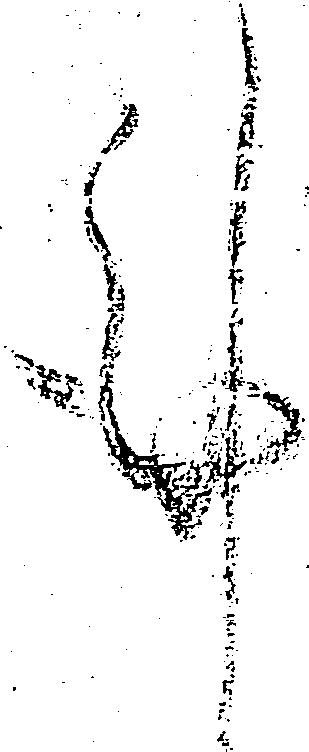
謹